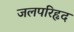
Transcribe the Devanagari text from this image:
जलपरिहृद